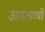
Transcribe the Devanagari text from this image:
आरत्याची